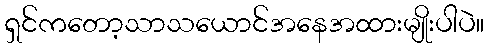
ရှင်ကတော့သာသယောင်အနေအထားမျိုးပါပဲ။